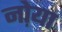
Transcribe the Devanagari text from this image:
नो़या